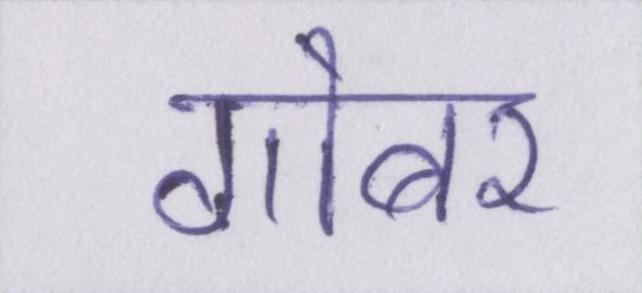
गोबर